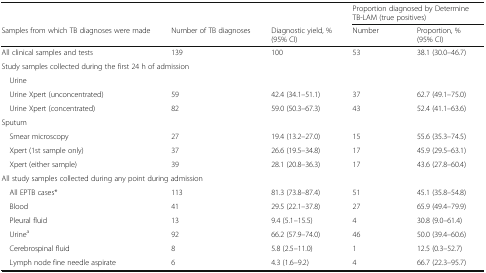
<table><thead><tr><td></td><td></td><td></td><td colspan="2"><b>Proportion diagnosed by Determine TB-LAM (true positives)</b></td></tr><tr><td><b>Samples from which TB diagnoses were made</b></td><td><b>Number of TB diagnoses</b></td><td><b>Diagnostic yield, % (95% CI)</b></td><td><b>Number</b></td><td><b>Proportion, % (95% CI)</b></td></tr></thead><tbody><tr><td>All clinical samples and tests</td><td>139</td><td>100</td><td>53</td><td>38.1 (30.0–46.7)</td></tr><tr><td colspan="5">Study samples collected during the first 24 h of admission</td></tr><tr><td colspan="5"> Urine</td></tr><tr><td> Urine Xpert (unconcentrated)</td><td>59</td><td>42.4 (34.1–51.1)</td><td>37</td><td>62.7 (49.1–75.0)</td></tr><tr><td> Urine Xpert (concentrated)</td><td>82</td><td>59.0 (50.3–67.3)</td><td>43</td><td>52.4 (41.1–63.6)</td></tr><tr><td colspan="5">Sputum</td></tr><tr><td> Smear microscopy</td><td>27</td><td>19.4 (13.2–27.0)</td><td>15</td><td>55.6 (35.3–74.5)</td></tr><tr><td> Xpert (1st sample only)</td><td>37</td><td>26.6 (19.5–34.8)</td><td>17</td><td>45.9 (29.5–63.1)</td></tr><tr><td> Xpert (either sample)</td><td>39</td><td>28.1 (20.8–36.3)</td><td>17</td><td>43.6 (27.8–60.4)</td></tr><tr><td colspan="5">All study samples collected during any point during admission</td></tr><tr><td> All EPTB cases*</td><td>113</td><td>81.3 (73.8–87.4)</td><td>51</td><td>45.1 (35.8–54.8)</td></tr><tr><td> Blood</td><td>41</td><td>29.5 (22.1–37.8)</td><td>27</td><td>65.9 (49.4–79.9)</td></tr><tr><td> Pleural fluid</td><td>13</td><td>9.4 (5.1–15.5)</td><td>4</td><td>30.8 (9.0–61.4)</td></tr><tr><td> Urine<sup>a</sup></td><td>92</td><td>66.2 (57.9–74.0)</td><td>46</td><td>50.0 (39.4–60.6)</td></tr><tr><td> Cerebrospinal fluid</td><td>8</td><td>5.8 (2.5–11.0)</td><td>1</td><td>12.5 (0.3–52.7)</td></tr><tr><td> Lymph node fine needle aspirate</td><td>6</td><td>4.3 (1.6–9.2)</td><td>4</td><td>66.7 (22.3–95.7)</td></tr></tbody></table>